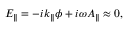
E _ { \| } = - i k _ { \| } \phi + i \omega A _ { \| } \approx 0 ,